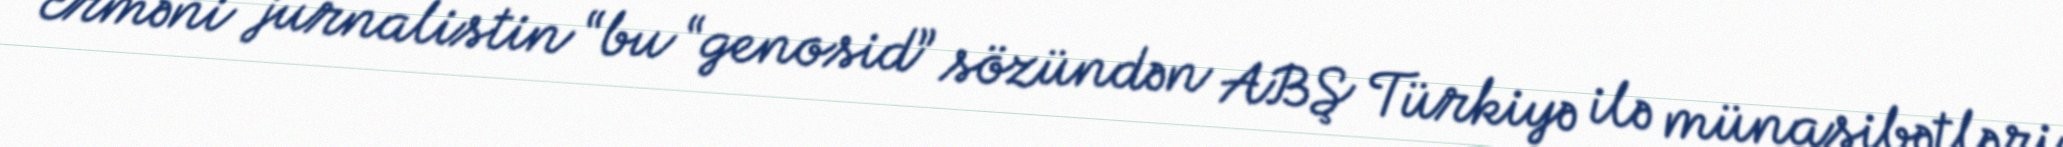
Erməni jurnalistin “bu “genosid” sözündən ABŞ Türkiyə ilə münasibətləri